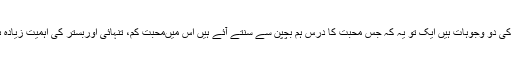
اس کی دو وجوہات ہیں ایک تو یہ کہ جس محبت کا درس ہم بچپن سے سُنتے آئے ہیں اُس میںمحبت کم، تنہائی اوربستر کی اہمیت زیادہ ہے۔